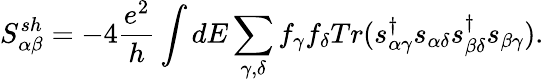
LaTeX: {S_{\alpha\beta}^{sh}}=-4\frac{e^{2}}{h}\int dE\sum_{\gamma,\delta}f_{\gamma}f_{\delta}Tr(s_{\alpha\gamma}^{\dagger}s_{\alpha\delta}s_{\beta\delta}^{\dagger}s_{\beta\gamma}).